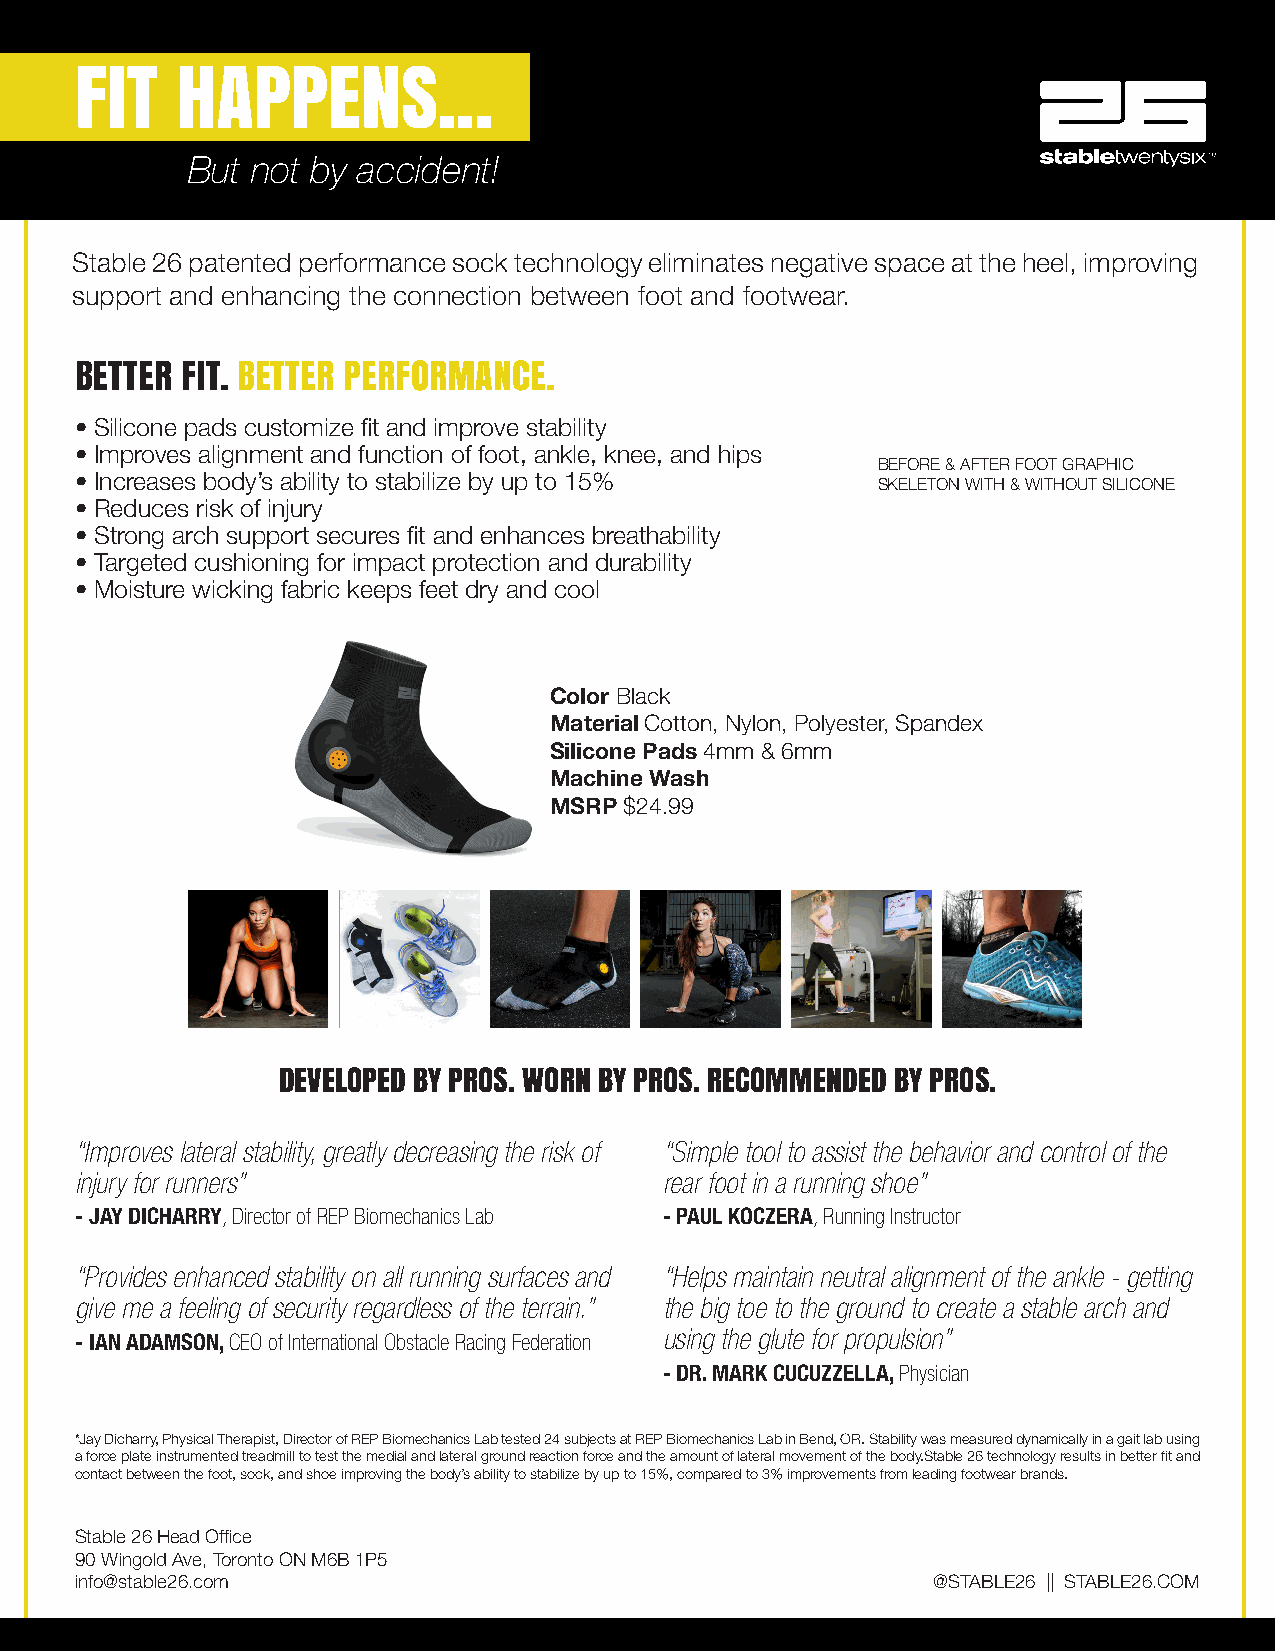
FIT    HAPPENS...
 But  not by accident!
 Stable 26 patented performance sock technology eliminates negative space at the heel, improving
 support and enhancing the connection between foot and footwear.
 BETTER FIT. BETTER PERFORMANCE.
 • Silicone pads customize fit and improve stability
 • Improves alignment and function of foot, ankle, knee, and hips
 BEFORE & AFTER FOOT GRAPHIC
 • Increases body’s ability to stabilize by up to 15%
 SKELETON WITH & WITHOUT SILICONE
 • Reduces risk of injury
 • Strong arch support secures fit and enhances breathability
 • Targeted cushioning for impact protection and durability
 • Moisture wicking fabric keeps feet dry and cool
 Color Black
 Material Cotton, Nylon, Polyester, Spandex
 Silicone Pads 4mm & 6mm
 Machine Wash
 MSRP $24.99
 DEVELOPED BY PROS. WORN BY PROS. RECOMMENDED BY PROS.
 “Improves lateral stability, greatly decreasing the risk of “Simple tool to assist the behavior and control of the
 injury for runners”                    rear foot in a running shoe”
 - JAY DICHARRY, Director of REP Biomechanics Lab - PAUL KOCZERA, Running Instructor
 “Provides enhanced stability on all running surfaces and “Helps maintain neutral alignment of the ankle - getting
 give me a feeling of security regardless of the terrain.” the big toe to the ground to create a stable arch and
 - IAN ADAMSON, CEO of International Obstacle Racing Federation using the glute for propulsion”
 - DR. MARK CUCUZZELLA, Physician
 *Jay Dicharry, Physical Therapist, Director of REP Biomechanics Lab tested 24 subjects at REP Biomechanics Lab in Bend, OR. Stability was measured dynamically in a gait lab using
 a force plate instrumented treadmill to test the medial and lateral ground reaction force and the amount of lateral movement of the body.Stable 26 technology results in better fit and
 contact between the foot, sock, and shoe improving the body’s ability to stabilize by up to 15%, compared to 3% improvements from leading footwear brands.
 Stable 26 Head Office
 90 Wingold Ave, Toronto ON M6B 1P5
 info@stable26.com                                        @STABLE26 || STABLE26.COM